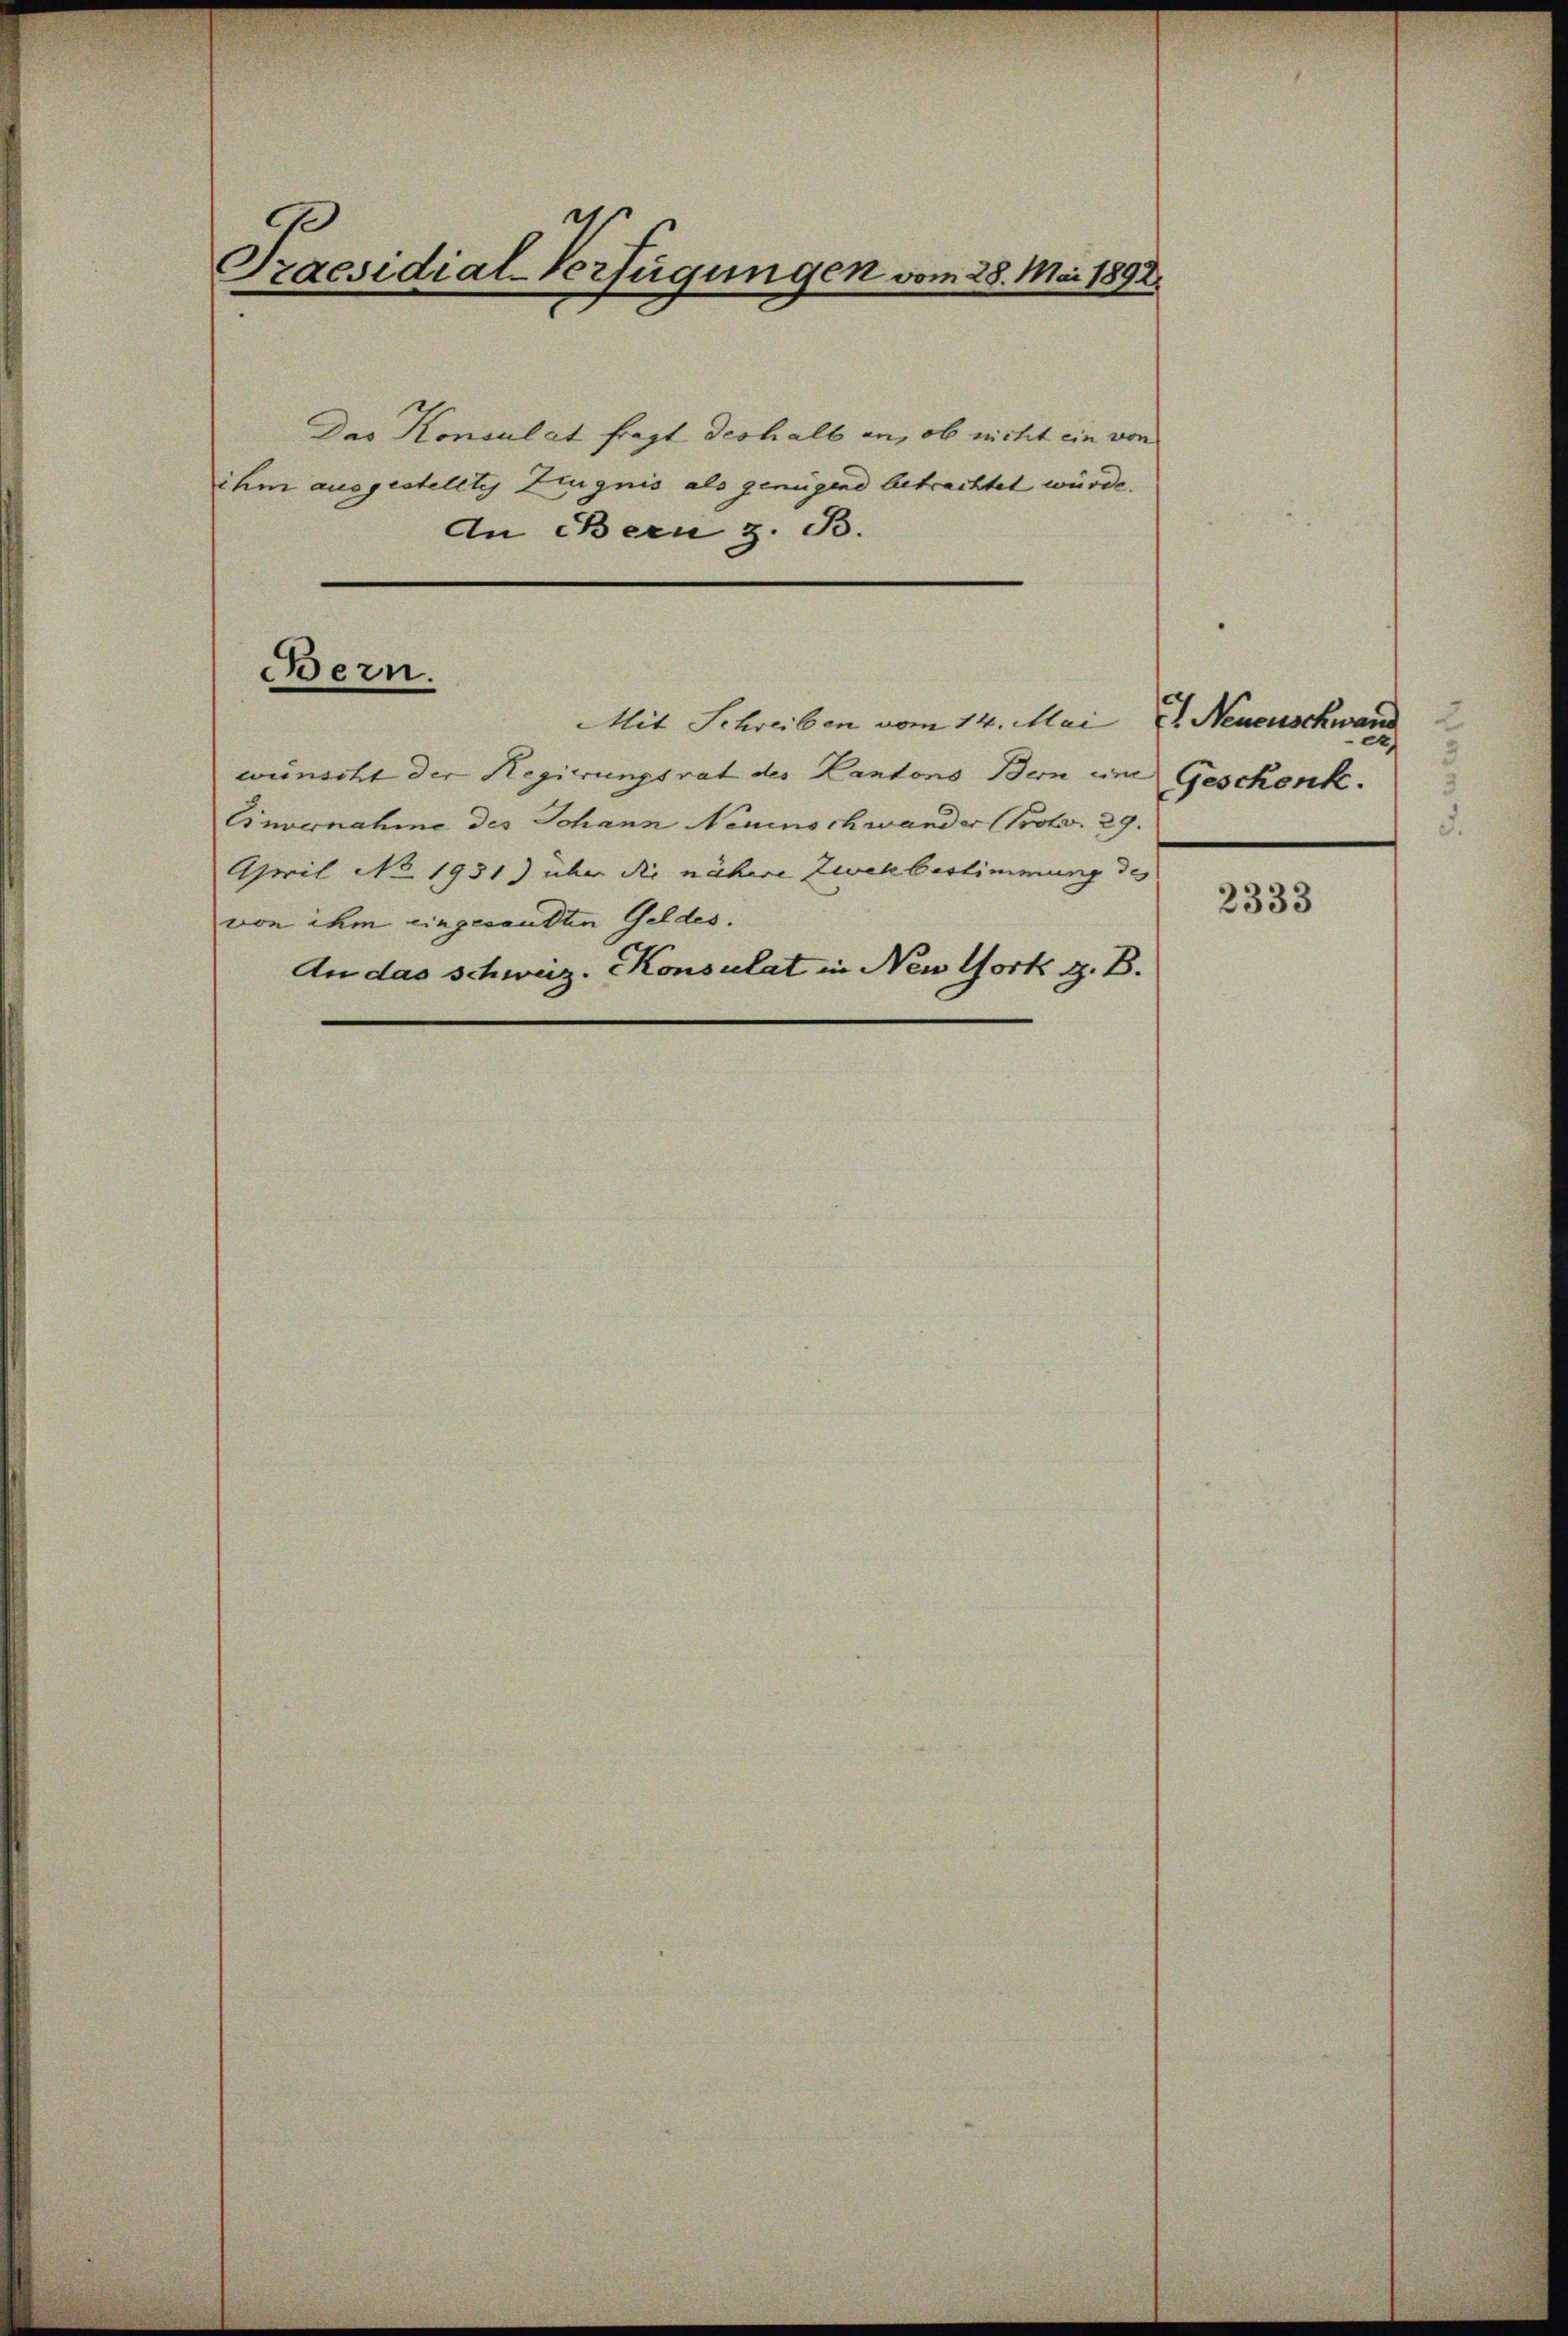
Praesidial-Verfügungen vom 28. Mai 1892.

Das Konsulat fragt deshalb an, ob nicht ein von
ihm ausgestelltes Zeugnis als genügend betrachtet würde.
In Bern z. B.

Bern.

Mit Schreiben vom 14. Mai
wünscht der Regierungsrat des Kantons Bern um Geschenk.
Einvernahme des Johann Neuinschwander Proto. 29.
April No 1931) über die nähere Zwekbestimmung des
von ihm eingesandten Geldes.
An das schweiz. Konsulat in New York z. B.

t Neucuschwand
3

2333